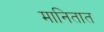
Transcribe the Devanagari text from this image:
मानितात